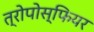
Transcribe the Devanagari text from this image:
त्रोपोस्फियर